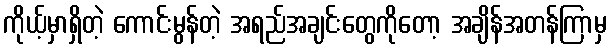
ကိုယ့်မှာရှိတဲ့ ကောင်းမွန်တဲ့ အရည်အချင်းတွေကိုတော့ အချိန်အတန်ကြာမှ